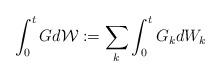
LaTeX: \begin{align*}\int_0^t G d\mathcal{W} := \sum_k \int_0^t G_k dW_k\end{align*}